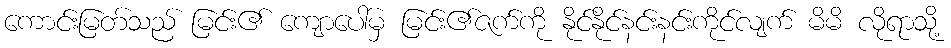
ကောင်းမြတ်သည် မြင်း၏ ကျောပေါ်မှ မြင်း၏ဇက်ကို နိုင်နိုင်နင်းနင်းကိုင်လျက် မိမိ လိုရာသို့